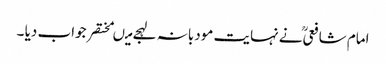
امام شافعیؒ نے نہایت مودبانہ لہجے میںمختصر جواب دیا ۔